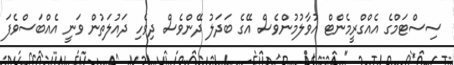
ސިސްޓަމްގެ އެއްގްރީމެންޓް އުވާލުމުންވެސް އޭގެ ބަދަލު ދޭންވެސް ދިވެހި ދައުލަތުން ވަނީ އެއްބަސްވެފަ